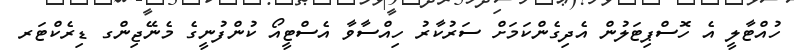
ހުއްޓާލީ އެ ހޮސްޕިޓަލުން އެދިގެންކަމަށް ސަރުކާރު ހިއްސާވާ އެސްޓީއޯ ކުންފުނީގެ މެނޭޖިންގ ޑިރެކްޓަރ